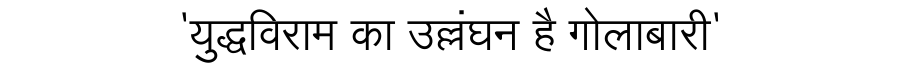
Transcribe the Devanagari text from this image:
'युद्धविराम का उल्लंघन है गोलाबारी'